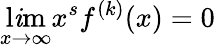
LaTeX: \operatorname*{l\mathit{i}m}_{x\rightarrow\infty}x^{s}f^{(k)}(x)=0